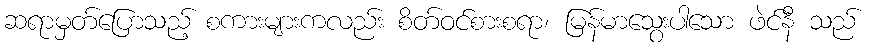
ဆရာမှတ်ပြောသည့် စကားများကလည်း စိတ်ဝင်စားစရာ၊ မြန်မာသွေးပါသော ဖဲင်နီ သည်